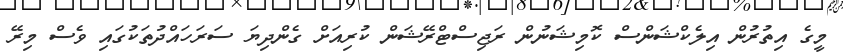
މީގެ އިތުރުން އިލެކްޝަންސް ކޮމިޝަނުން ރަޖިސްޓްރޭޝަން ކުރިއަށް ގެންދިޔަ ސަރަހައްދުތަކުގައި ވެސް މިރޭ